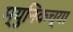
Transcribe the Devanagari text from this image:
म्युनिकच्या